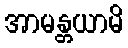
အာမန္တယာမိ